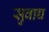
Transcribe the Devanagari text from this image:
सुवाच्च